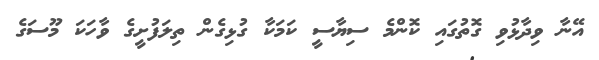
އޭނާ ވިދާޅުވި ގޮތުގައި ކޮންމެ ސިޔާސީ ކަމަކާ ގުޅިގެން ތިލަފުށީގެ ވާހަކަ މޫސަގެ